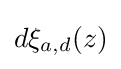
d\xi _{a,d}(z)